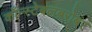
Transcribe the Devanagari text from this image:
कॉन्स्टेबलबरोबर